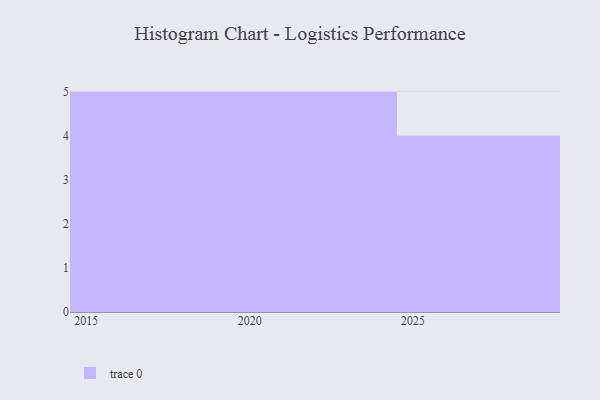
{"axis": {"x": "Year", "y": "Budget (USD K)"}, "legend": [""], "data": [{"x": "2019", "y": 2, "type": ""}, {"x": "2020", "y": 59, "type": ""}, {"x": "2025", "y": 100, "type": ""}, {"x": "2021", "y": 40, "type": ""}, {"x": "2016", "y": 52, "type": ""}, {"x": "2026", "y": 1, "type": ""}, {"x": "2029", "y": 45, "type": ""}, {"x": "2017", "y": 59, "type": ""}, {"x": "2023", "y": 41, "type": ""}, {"x": "2015", "y": 90, "type": ""}, {"x": "2024", "y": 30, "type": ""}, {"x": "2018", "y": 87, "type": ""}, {"x": "2022", "y": 47, "type": ""}, {"x": "2027", "y": 46, "type": ""}]}